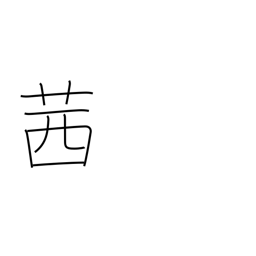
Meaning: red dye